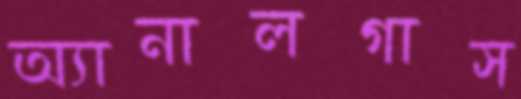
অ্যানালগাস